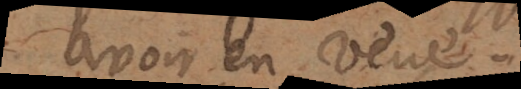
avoir en veue.